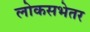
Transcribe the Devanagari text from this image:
लोकसभेतर